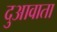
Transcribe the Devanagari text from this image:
दुआवाता